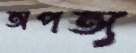
অপত্য